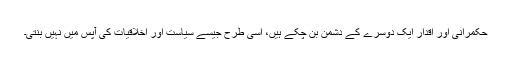
حکمرانی اور اقدار ایک دوسرے کے دشمن بن چکے ہیں، اسی طرح جیسے سیاست اور اخلاقیات کی آپس میں نہیں بنتی۔